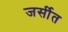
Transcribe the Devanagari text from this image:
जर्सीत